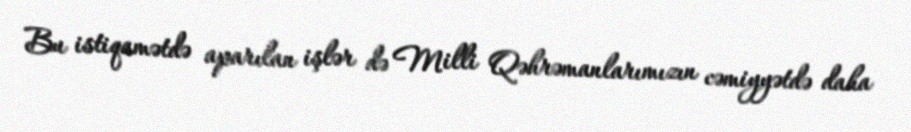
Bu istiqamətdə aparılan işlər də Milli Qəhrəmanlarımızın cəmiyyətdə daha